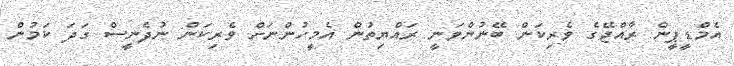
އެމްޑީޕީން ރާއްޖޭގެ ވެރިކަން ބޭނުންވަނީ ރައްޔިތުން އެމީހުންނަށް ވެރިކަން ނުދެނީސް ގަދަ ކަމުން